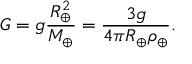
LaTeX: G = g { \frac { R _ { \oplus } ^ { 2 } } { M _ { \oplus } } } = { \frac { 3 g } { 4 \pi R _ { \oplus } \rho _ { \oplus } } } .